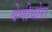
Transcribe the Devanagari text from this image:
वेणीथोरा